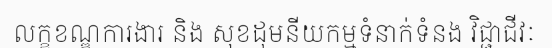
លក្ខខណ្ឌការងារ និង សុខដុមនីយកម្មទំនាក់ទំនង វិជ្ជាជីវៈ